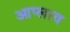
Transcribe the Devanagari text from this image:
आप्लाव